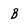
Character: B